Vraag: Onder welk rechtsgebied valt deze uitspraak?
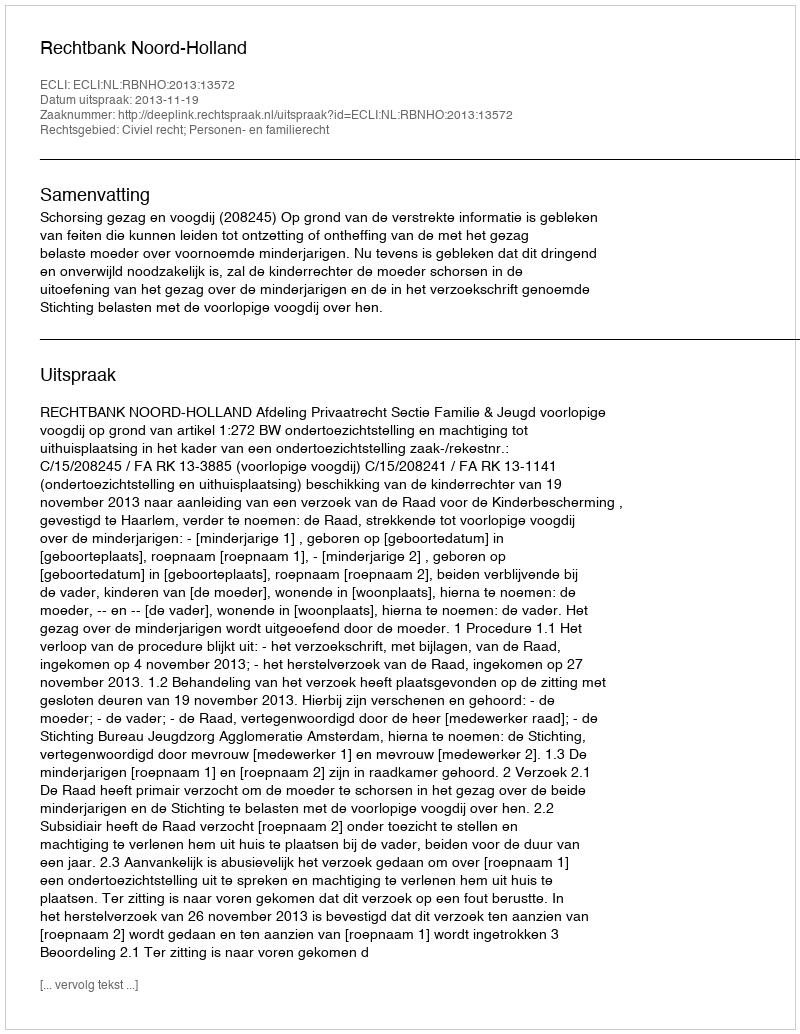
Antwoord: Civiel recht; Personen- en familierecht